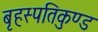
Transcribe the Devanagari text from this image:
बृहस्पतिकुण्ड